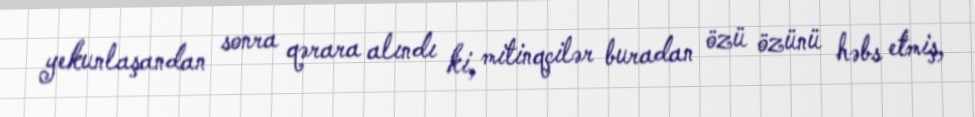
yekunlaşandan sonra qərara alındı ki, mitinqçilər buradan özü özünü həbs etmiş,